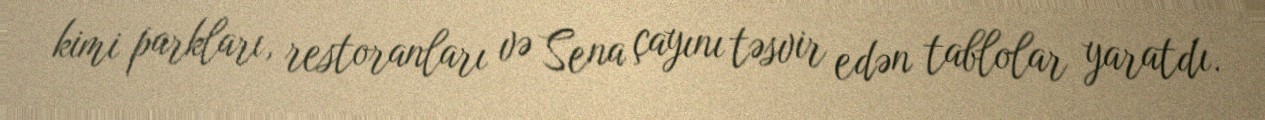
kimi parkları, restoranları və Sena çayını təsvir edən tablolar yaratdı.